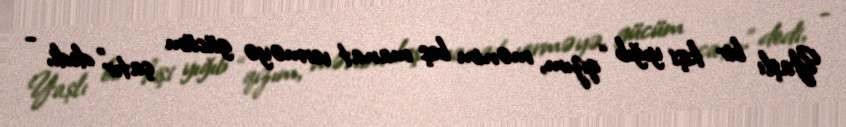
Yaşlı bir kişi yığıb “qızım, mənim beş manat verməyə gücüm çatır” dedi, -